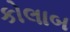
કોલાબ